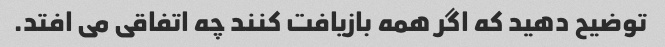
توضیح دهید که اگر همه بازیافت کنند چه اتفاقی می افتد.